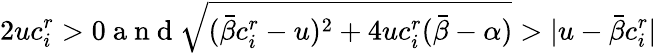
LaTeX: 2uc_{i}^{r}>0\mathrm{~a~n~d~}\sqrt{(\bar{\beta}c_{i}^{r}-u)^{2}+4uc_{i}^{r}(\bar{\beta}-\alpha)}>|u-\bar{\beta}c_{i}^{r}|